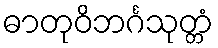
ဓာတုဝိဘင်္ဂသုတ္တံ